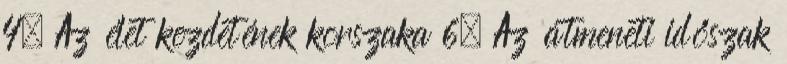
4. Az élet kezdetének korszaka 6. Az átmeneti időszak